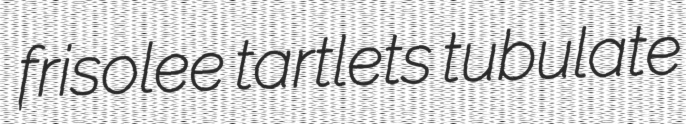
frisolee tartlets tubulate